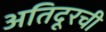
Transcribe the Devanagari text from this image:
अतिदूरची